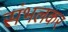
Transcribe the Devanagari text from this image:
संभलकर